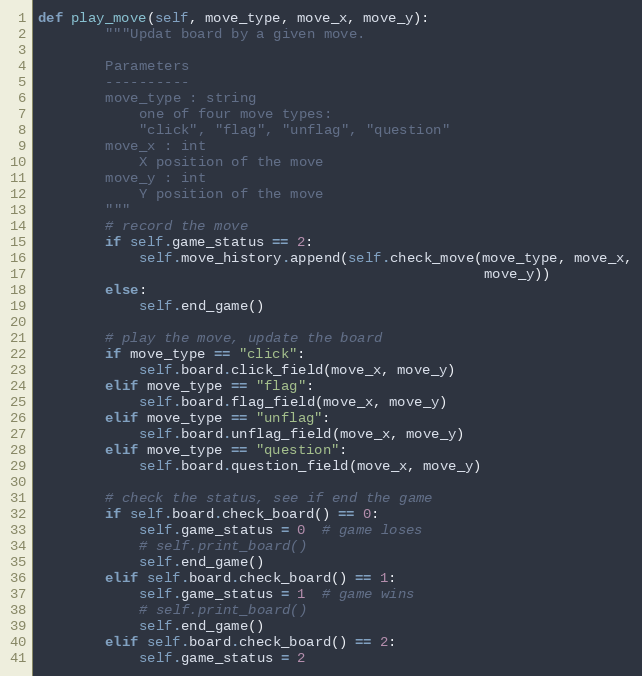
Language: Python
def play_move(self, move_type, move_x, move_y):
        """Updat board by a given move.

        Parameters
        ----------
        move_type : string
            one of four move types:
            "click", "flag", "unflag", "question"
        move_x : int
            X position of the move
        move_y : int
            Y position of the move
        """
        # record the move
        if self.game_status == 2:
            self.move_history.append(self.check_move(move_type, move_x,
                                                     move_y))
        else:
            self.end_game()

        # play the move, update the board
        if move_type == "click":
            self.board.click_field(move_x, move_y)
        elif move_type == "flag":
            self.board.flag_field(move_x, move_y)
        elif move_type == "unflag":
            self.board.unflag_field(move_x, move_y)
        elif move_type == "question":
            self.board.question_field(move_x, move_y)

        # check the status, see if end the game
        if self.board.check_board() == 0:
            self.game_status = 0  # game loses
            # self.print_board()
            self.end_game()
        elif self.board.check_board() == 1:
            self.game_status = 1  # game wins
            # self.print_board()
            self.end_game()
        elif self.board.check_board() == 2:
            self.game_status = 2